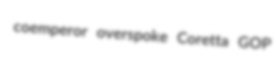
coemperor overspoke Coretta GOP